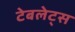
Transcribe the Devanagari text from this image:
टेबलेट्स